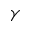
\gamma